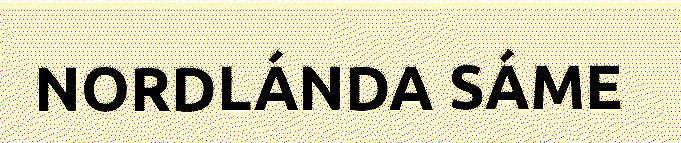
NORDLÁNDA SÁME